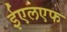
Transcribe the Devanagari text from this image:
ईएलएफ